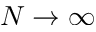
N \to \infty